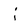
Character: i